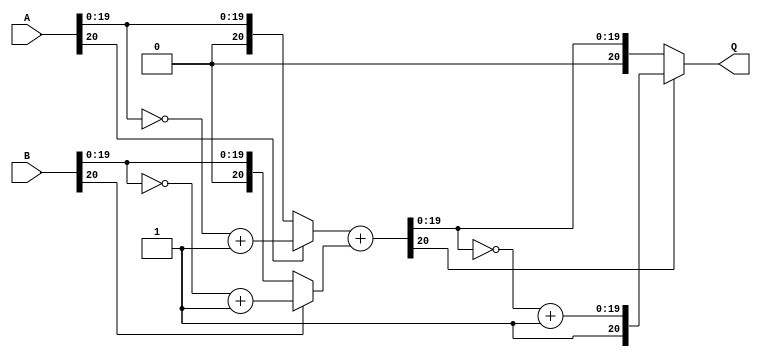
module Adder(A, B, Q);
  input [20:0] A, B;
  output [20:0] Q;

  wire [20:0] temp_result, data_A, data_B;

  assign data_A = (A[20] == 1'b1) ? ~{1'b0,A[19:0]} + 21'd1 : A;
  assign data_B = (B[20] == 1'b1) ? ~{1'b0,B[19:0]} + 21'd1 : B;

  wire [20:0] temp = ~temp_result + 21'd1;
  assign temp_result = data_A + data_B;
  assign Q = (temp_result[20] == 1'b1) ? {1'b1,temp[19:0]} : temp_result;

endmodule